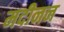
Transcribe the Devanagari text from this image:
मदीनन